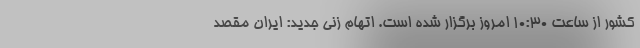
کشور از ساعت ۱۰:۳۰ امروز برگزار شده است. اتهام زنی جدید: ایران مقصد